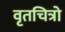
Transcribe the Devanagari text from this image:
वृतचित्रो